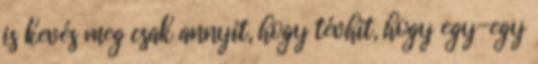
is kevés meg csak annyit, hogy tévhit, hogy egy-egy